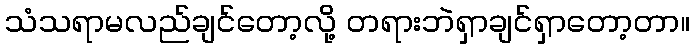
သံသရာမလည်ချင်တော့လို့ တရားဘဲရှာချင်ရှာတော့တာ။